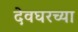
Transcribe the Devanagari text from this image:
देवघरच्या